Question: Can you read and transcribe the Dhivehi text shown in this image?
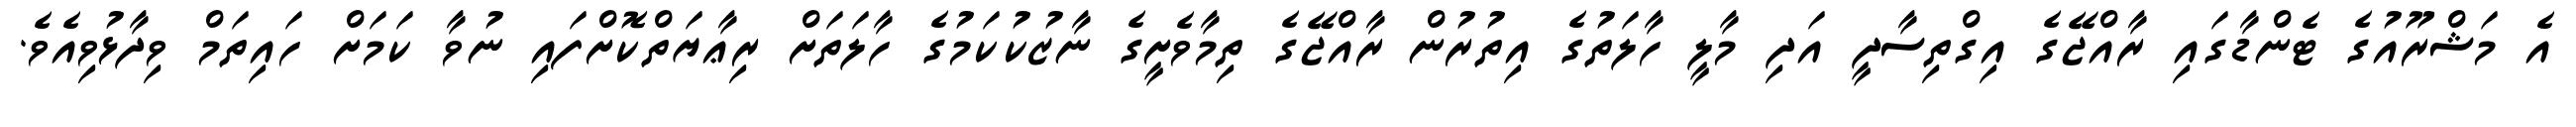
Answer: އެ މަޝްރޫއުގެ ޓެންޑާގައި ރާއްޖޭގެ އިގްތިސާދީ އަދި މާލީ ހާލަތުގެ އިތުރުން ރާއްޖޭގެ ތިމާވެށީގެ ނާޒުކުކަމުގެ ހާލަތަށް ރިޢާޔަތްކޮށްފައި ނުވާ ކަމަށް ހައިތަމް ވިދާޅުވިއެވެ.